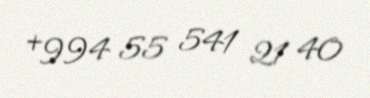
+994 55 541 21 40